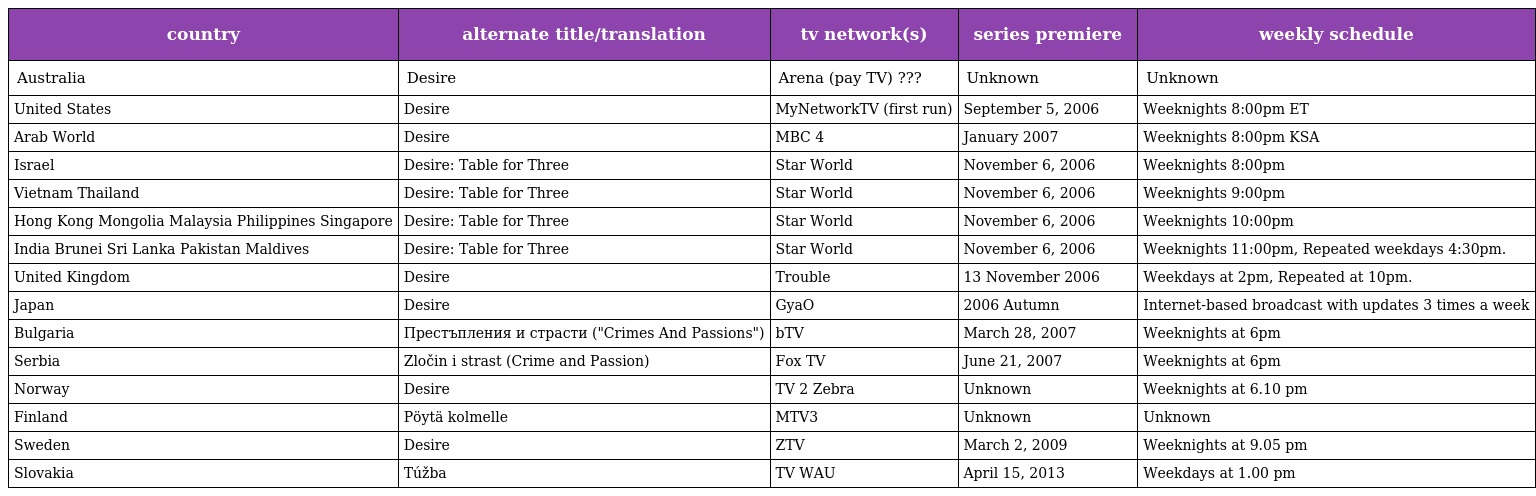
| country | alternate title/translation | tv network(s) | series premiere | weekly schedule |
 | --- | --- | --- | --- | --- |
 | Australia | Desire | Arena (pay TV) ??? | Unknown | Unknown |
 | United States | Desire | MyNetworkTV (first run) | September 5, 2006 | Weeknights 8:00pm ET |
 | Arab World | Desire | MBC 4 | January 2007 | Weeknights 8:00pm KSA |
 | Israel | Desire: Table for Three | Star World | November 6, 2006 | Weeknights 8:00pm |
 | Vietnam Thailand | Desire: Table for Three | Star World | November 6, 2006 | Weeknights 9:00pm |
 | Hong Kong Mongolia Malaysia Philippines Singapore | Desire: Table for Three | Star World | November 6, 2006 | Weeknights 10:00pm |
 | India Brunei Sri Lanka Pakistan Maldives | Desire: Table for Three | Star World | November 6, 2006 | Weeknights 11:00pm, Repeated weekdays 4:30pm. |
 | United Kingdom | Desire | Trouble | 13 November 2006 | Weekdays at 2pm, Repeated at 10pm. |
 | Japan | Desire | GyaO | 2006 Autumn | Internet-based broadcast with updates 3 times a week |
 | Bulgaria | Престъпления и страсти ("Crimes And Passions") | bTV | March 28, 2007 | Weeknights at 6pm |
 | Serbia | Zločin i strast (Crime and Passion) | Fox TV | June 21, 2007 | Weeknights at 6pm |
 | Norway | Desire | TV 2 Zebra | Unknown | Weeknights at 6.10 pm |
 | Finland | Pöytä kolmelle | MTV3 | Unknown | Unknown |
 | Sweden | Desire | ZTV | March 2, 2009 | Weeknights at 9.05 pm |
 | Slovakia | Túžba | TV WAU | April 15, 2013 | Weekdays at 1.00 pm |